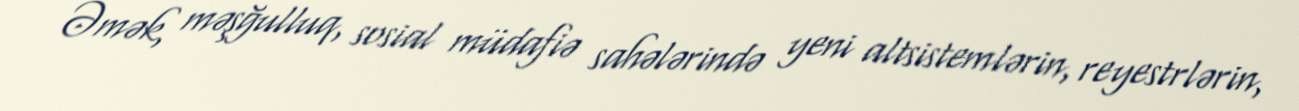
Əmək, məşğulluq, sosial müdafiə sahələrində yeni altsistemlərin, reyestrlərin,